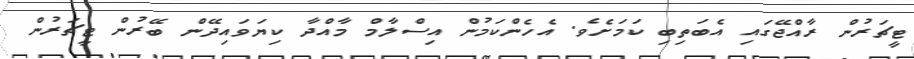
ޓީޗަރުން ރާއްޖޭގައި އެބަތިބި ކަމަށެވެ. އެހެންކަމުން އިސްލާމް މާއްދާ ކިޔަވައިދޭން ބޭރުން ޓީޗަރުން